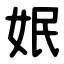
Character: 姄